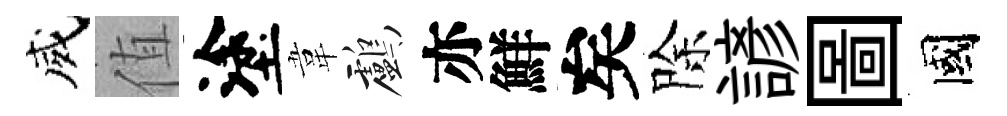
威值塗韋鸕亦鮮矣除諺圖國